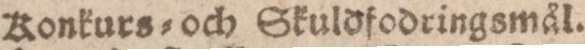
Konkurs= och Skuldfodringsmål.